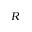
R